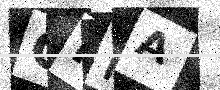
Text: CFRA